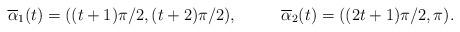
LaTeX: \begin{align*}\overline{\alpha}_1(t) &= ((t + 1)\pi/2, (t+2)\pi/2), &\overline{\alpha}_2(t) &= ((2t + 1)\pi/2, \pi).\end{align*}